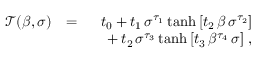
\begin{array} { r l r } { \mathcal { T } ( \beta , \sigma ) } & { = } & { t _ { 0 } + t _ { 1 } \, \sigma ^ { \tau _ { 1 } } \operatorname { t a n h } \left[ t _ { 2 } \, \beta \, \sigma ^ { \tau _ { 2 } } \right] } \\ & { } & { \phantom { t _ { 0 } } + t _ { 2 } \, \sigma ^ { \tau _ { 3 } } \operatorname { t a n h } \left[ t _ { 3 } \, \beta ^ { \tau _ { 4 } } \, \sigma \right] \, , } \end{array}